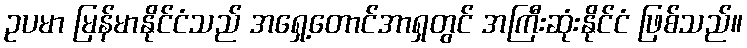
ဥပမာ မြန်မာနိုင်ငံသည် အရှေ့တောင်အာရှတွင် အကြီးဆုံးနိုင်ငံ ဖြစ်သည်။